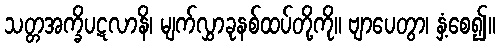
သတ္တအက္ခိပဋလာနိ၊ မျက်လွှာခုနစ်ထပ်တို့ကို။ ဗျာပေတွာ၊ နှံ့စေ၍။